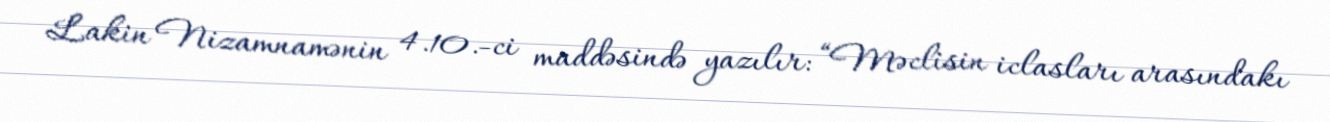
Lakin Nizamnamənin 4.10.-ci maddəsində yazılır: “Məclisin iclasları arasındakı